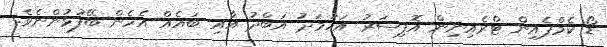
ޑޯ ކެމްޕެއިން ޓްރެއިނިން އޮފިސަރު އަހުމަދު އަބްދު އާއި ބައެއް އެހެން ބޭފުޅުންނެވެ.